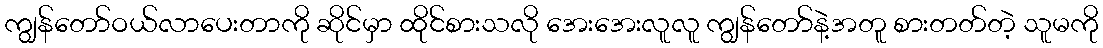
ကျွန်တော်ဝယ်လာပေးတာကို ဆိုင်မှာ ထိုင်စားသလို အေးအေးလူလူ ကျွန်တော်နဲ့အတူ စားတတ်တဲ့ သူမကို